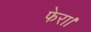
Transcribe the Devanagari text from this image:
फेरा।